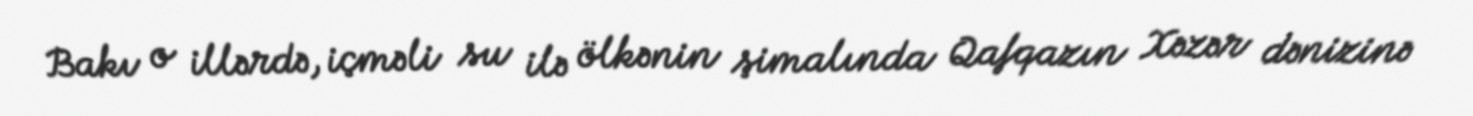
Bakı o illərdə, içməli su ilə ölkənin şimalında Qafqazın Xəzər dənizinə